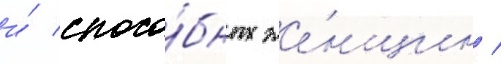
и́ спосо́бных же́нщин /